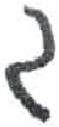
אות: ג